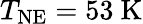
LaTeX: T_{\mathrm{NE}}=53\ \mathrm{K}